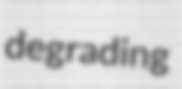
degrading